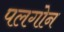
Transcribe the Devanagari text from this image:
पलगोन